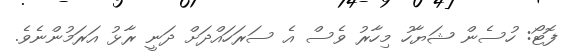
ފޮޓޯ: ހުސެން ޝަޔާހު މިހާރު ވެސް އެ ސަރަހައްދަށް ދަނީ ރާޅު އަރަމުންނެވެ.